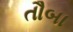
તૌબા